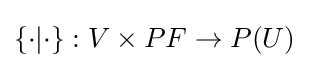
\{\cdot |\cdot \}:V\times PF\rightarrow P(U)